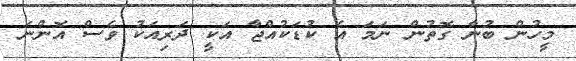
މީހުން ބުނާ ގޮތުން ނަމަ އެ ކުޑަކުއްޖާ އަކީ ދަރިއަކު ވެސް އޮންނަ